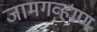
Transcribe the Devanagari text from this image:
जामगव्हाण